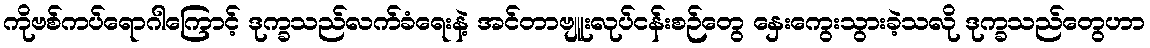
ကိုဗစ်ကပ်ရောဂါကြောင့် ဒုက္ခသည်လက်ခံရေးနဲ့ အင်တာဗျူးလုပ်ငန်းစဉ်တွေ နှေးကွေးသွားခဲ့သလို ဒုက္ခသည်တွေဟာ